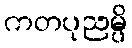
ကတပုညမ္ပိ